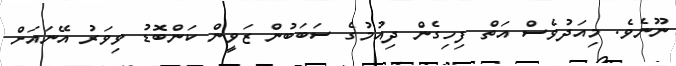
ނޫނެވެ. މިއަދުވެސް އަތް ފިހިގެން ދިއުމުގެ ސަބަބުން ޒަވީން ކަންބޮޑު ވިވަރު އޭނައަށް